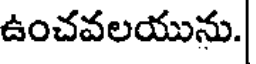
ఉంచవలయును.|